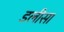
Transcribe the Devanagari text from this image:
डलीसा